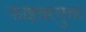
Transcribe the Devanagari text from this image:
फाइबरयुक्त